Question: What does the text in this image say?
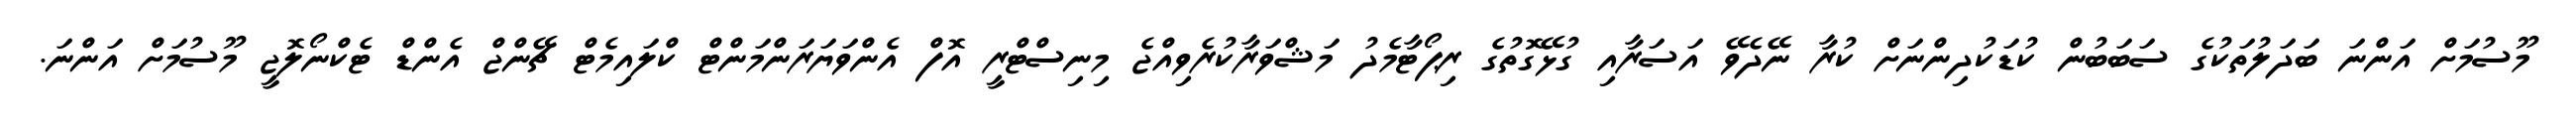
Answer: މޫސުމަށް އަންނަ ބަދަލުތަކުގެ ސަބަބުން ކުޑަކުދިންނަށް ކުރާ ނޭދެވޭ އަސަރާއި ގުޅޭގޮތުގެ ރިޕޯޓާމެދު މަޝްވަރާކުރެވިއްޖެ މިނިސްޓްރީ އޮފް އެންވަޔަރަންމަންޓް ކްލައިމެޓް ޗޭންޖް އެންޑް ޓެކްނޯލޮޖީ މޫސުމަށް އަންނަ.